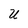
Character: U